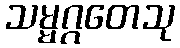
သမ္မဂ္ဂတေသု